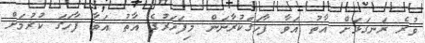
ވުރެ ރަނގަޅަށް އާތު އަވާ ފާހަގަކުރާނަން މިފަހަރުގެ އާތު އަވާ ފާހަގަ ކުރުމަށް